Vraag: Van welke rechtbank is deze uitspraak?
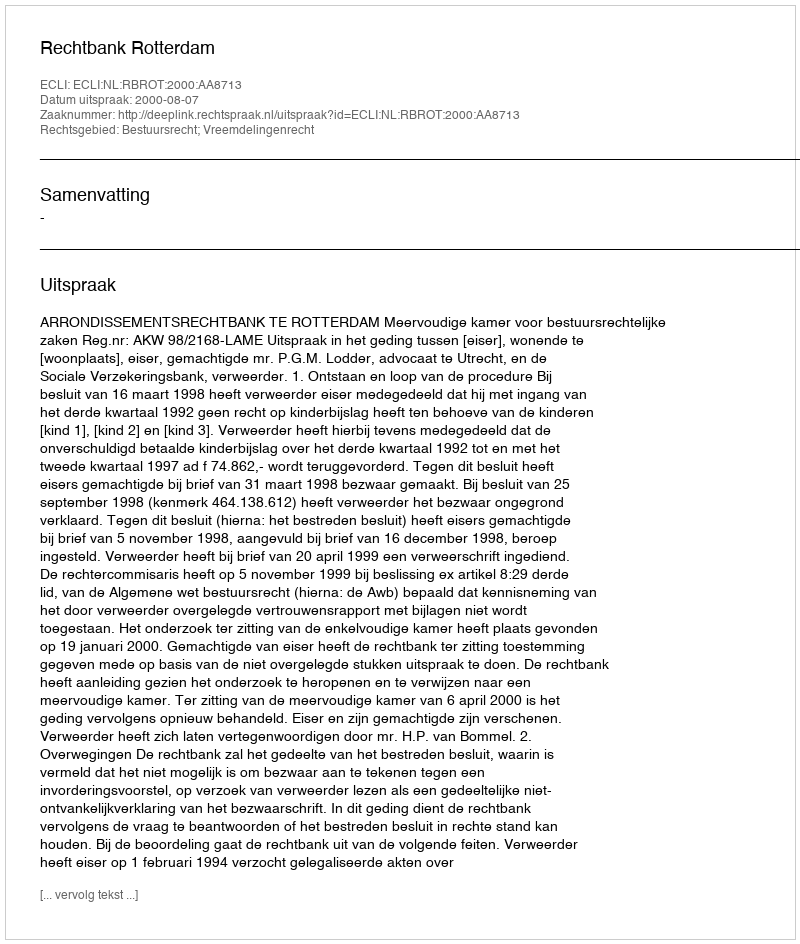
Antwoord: Rechtbank Rotterdam